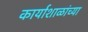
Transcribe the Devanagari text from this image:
कार्याशाळांच्या